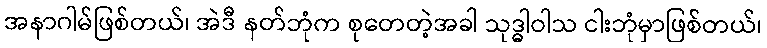
အနာဂါမ်ဖြစ်တယ်၊ အဲဒီ နတ်ဘုံက စုတေတဲ့အခါ သုဒ္ဓါဝါသ ငါးဘုံမှာဖြစ်တယ်၊